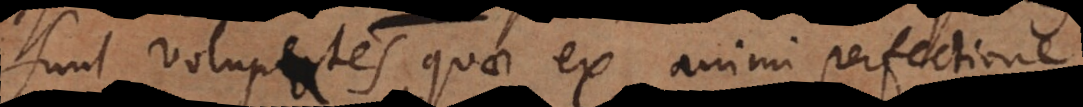
sunt voluptates quae ex animi perfectione